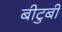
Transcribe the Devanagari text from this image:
बीटुबी